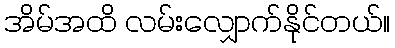
အိမ်အထိ လမ်းလျှောက်နိုင်တယ်။